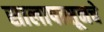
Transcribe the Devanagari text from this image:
सालापासूनचे